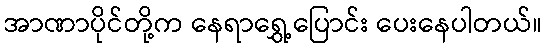
အာဏာပိုင်တို့က နေရာရွှေ့ပြောင်း ပေးနေပါတယ်။